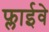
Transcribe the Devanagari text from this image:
फ्लाईवे